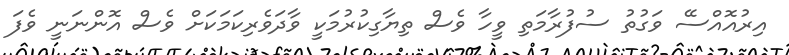
އިރުއޮއްސޭ ވަގުތު ސުފުރާމަތި ވީހާ ވެސް ތިޔާގިކުރުމަކީ ވާދަވެރިކަމަކަށް ވެސް އޮންނަނީ ވެފަ